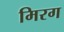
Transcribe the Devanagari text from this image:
मिरग